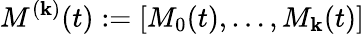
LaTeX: M^{(\mathbf{k})}(t):=\left[M_{0}(t),\ldots,M_{\mathbf{k}}(t)\right]